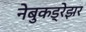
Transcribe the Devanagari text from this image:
नेबुकड्रेझर